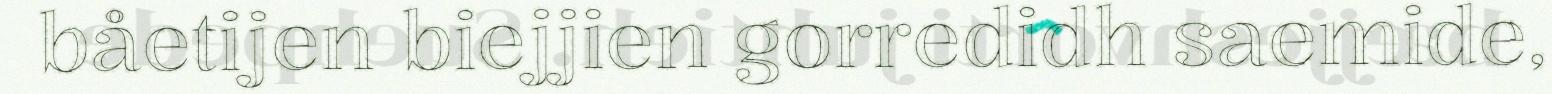
båetijen biejjien gorredidh saemide,